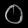
Digit: ၀